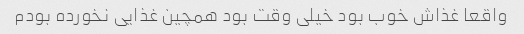
واقعا غذاش خوب بود خیلی وقت بود همچین غذایی نخورده بودم